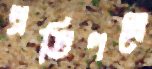
প্রতিপত্রে